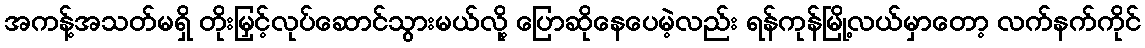
အကန့်အသတ်မရှိ တိုးမြှင့်လုပ်ဆောင်သွားမယ်လို့ ပြောဆိုနေပေမဲ့လည်း ရန်ကုန်မြို့လယ်မှာတော့ လက်နက်ကိုင်